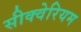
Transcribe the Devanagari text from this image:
सीक्वेरियम